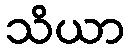
သိယာ